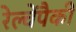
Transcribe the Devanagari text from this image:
रेल्वेंपैकी